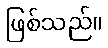
ဖြစ်သည်။